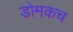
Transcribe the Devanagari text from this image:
डोमकच